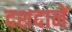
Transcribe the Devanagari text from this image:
दशदानें